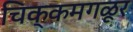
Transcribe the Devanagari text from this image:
चिक्कमगळूर